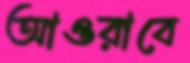
আওরাবে